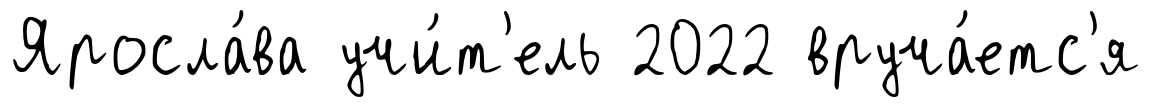
Яросла́ва учи́т'ель 2022 вруча́етс'я